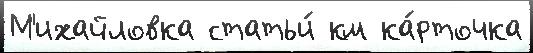
М'ихайловка статьи́ км ка́рточка